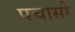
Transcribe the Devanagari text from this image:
पचासो